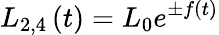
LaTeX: L_{2,4}\left(t\right)=L_{0}e^{\pm f\left(t\right)}